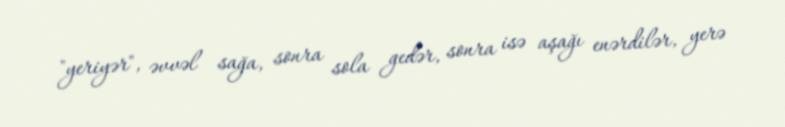
"yeriyər", əvvəl sağa, sonra sola gedər, sonra isə aşağı enərdilər, yerə